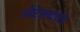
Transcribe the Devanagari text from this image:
ओरेंसकाया